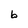
Character: b